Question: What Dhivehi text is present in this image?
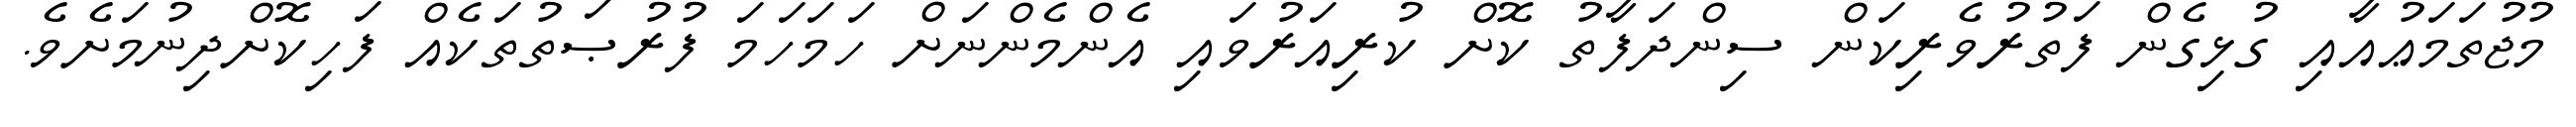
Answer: މުޖުތަމަޢުއާއި ގުޅިގެން ފަތުރުވެރިކަން ސިންދަފާތު ކޮށް ކުރިއަރުވައި އެންމެންނަށް ހަމަހަމަ ފުރުޞަތުތަކެއް ފަހިކޮށްދިނުމަށެވެ.